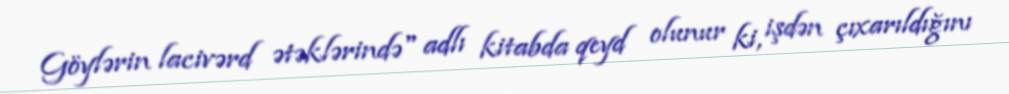
Göylərin lacivərd ətəklərində" adlı kitabda qeyd olunur ki, işdən çıxarıldığını